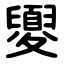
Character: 夓